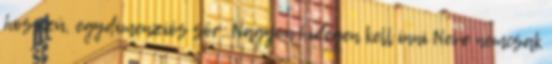
hosszú, egydimenziós sör. Nagyon hidegen kell inni Neve nemcsak